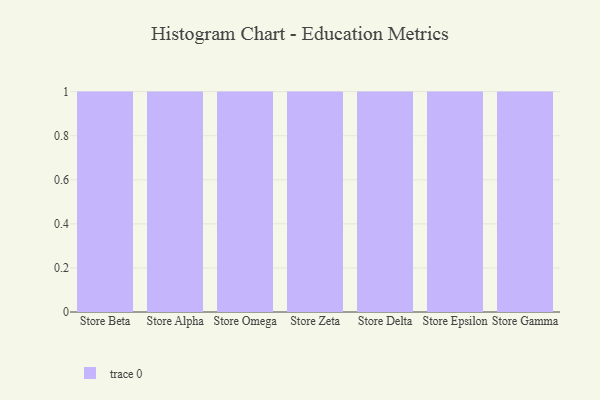
{"axis": {"x": "Store", "y": "Latency (ms)"}, "legend": [""], "data": [{"x": "Store Beta", "y": 90, "type": ""}, {"x": "Store Alpha", "y": 30, "type": ""}, {"x": "Store Omega", "y": 97, "type": ""}, {"x": "Store Zeta", "y": 27, "type": ""}, {"x": "Store Delta", "y": 76, "type": ""}, {"x": "Store Epsilon", "y": 59, "type": ""}, {"x": "Store Gamma", "y": 62, "type": ""}]}